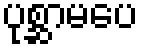
ပုစ္ဆာမပေ